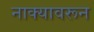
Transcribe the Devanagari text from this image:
नाक्यावरून